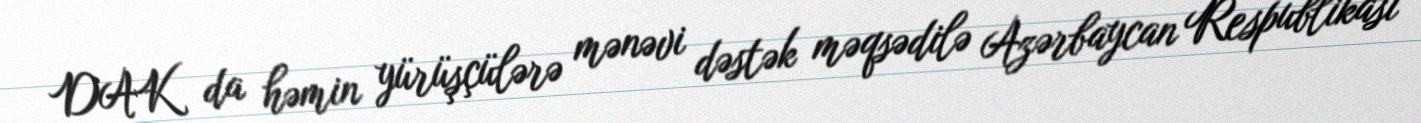
DAK da həmin yürüşçülərə mənəvi dəstək məqsədilə Azərbaycan Respublikası